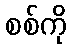
စစ်ကို